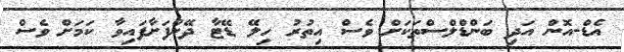
އެޑް-އޮން އަދި ބަންޑްލްސްތަކަށް ވެސް އިތުރު ހިލޭ ޑޭޓާ ދޭންފަށާފައިވާ ކަމަށް ވެސް